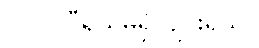
(၁၀) ဝီရိယမရှိ ပျင်းရိသူ။